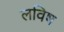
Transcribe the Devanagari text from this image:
लविष